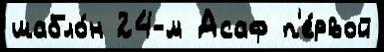
шабло́н 24-́м Асаф п'е́рвой